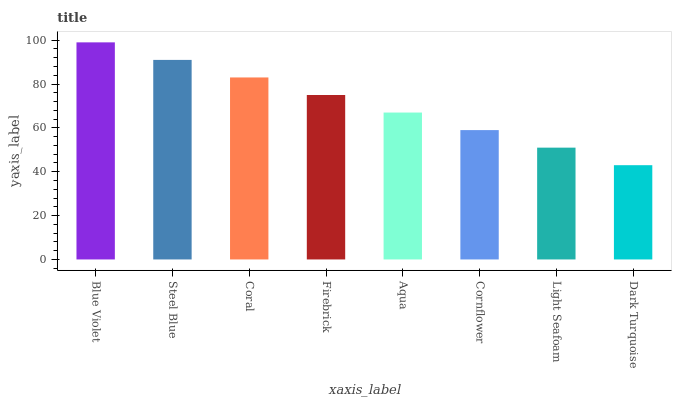
| xaxis_label | bars |
 | --- | --- |
 | Blue Violet | 99 |
 | Steel Blue | 91 |
 | Coral | 83 |
 | Firebrick | 75 |
 | Aqua | 67 |
 | Cornflower | 59 |
 | Light Seafoam | 51 |
 | Dark Turquoise | 43 |